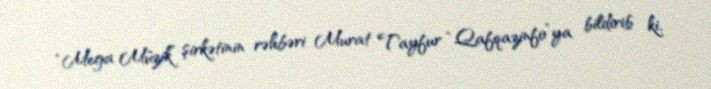
“Mega Müzik” şirkətinin rəhbəri Murat Tayfur “Qafqazinfo”ya bildirib ki,